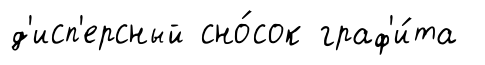
д'исп'ерсный сно́сок граф'и́та